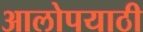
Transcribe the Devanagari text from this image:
आलोपयाठी